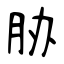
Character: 胁